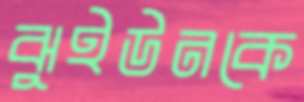
ঝুইউনকে